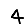
Digit: 4